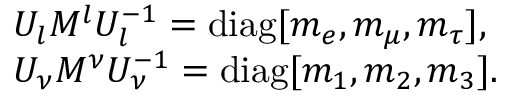
\begin{array} { l } { { U _ { l } M ^ { l } U _ { l } ^ { - 1 } = \mathrm { d i a g } [ m _ { e } , m _ { \mu } , m _ { \tau } ] , } } \\ { { U _ { \nu } M ^ { \nu } U _ { \nu } ^ { - 1 } = \mathrm { d i a g } [ m _ { 1 } , m _ { 2 } , m _ { 3 } ] . } } \end{array}